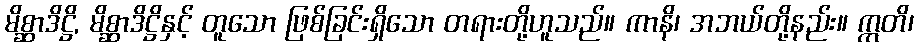
မိစ္ဆာဒိဋ္ဌိ, မိစ္ဆာဒိဋ္ဌိနှင့် တူသော ဖြစ်ခြင်းရှိသော တရားတို့ဟူသည်။ ကာနိ၊ အဘယ်တို့နည်း။ ဣတိ၊